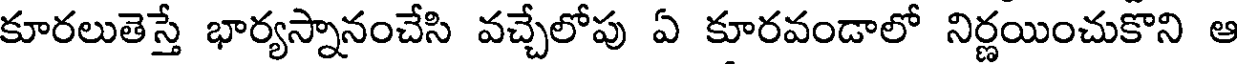
కూరలుతెస్తే భార్యస్నానంచేసి వచ్చేలోపు ఏ కూరవండాలో నిర్ణయించుకొని ఆ